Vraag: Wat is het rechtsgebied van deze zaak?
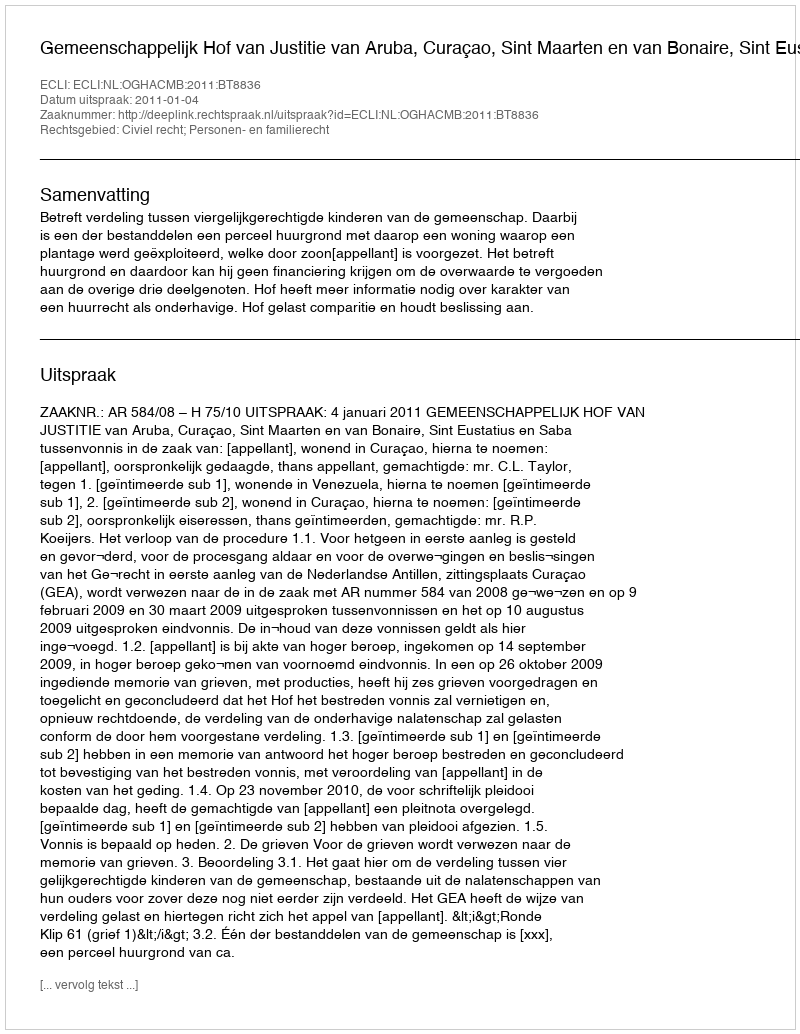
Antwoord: Civiel recht; Personen- en familierecht